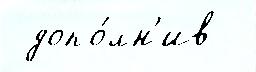
 допо́лн'ив